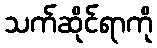
သက်ဆိုင်ရာကို